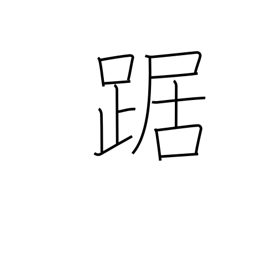
Meaning: cower